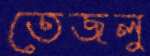
তেজলু